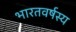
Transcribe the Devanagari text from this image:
भारतवर्षस्य